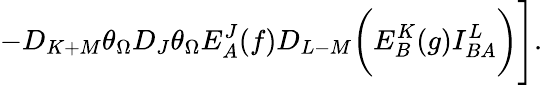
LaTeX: -D_{K+M}\theta_{\Omega}D_{J}\theta_{\Omega}E_{A}^{J}(f)D_{L-M}\biggl(E_{B}^{K}(g)I_{BA}^{L}\biggr)\Biggr].